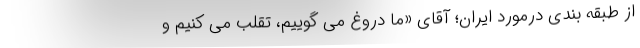
از طبقه بندی درمورد ایران؛ آقای «ما دروغ می گوییم، تقلب می کنیم و